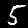
Digit: 5